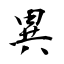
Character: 異